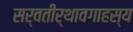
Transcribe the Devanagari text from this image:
सर्वतीर्थावगाहस्य